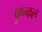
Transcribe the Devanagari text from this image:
पुष्न्कल